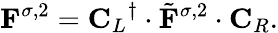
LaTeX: \mathbf{F}^{\sigma,2}={\mathbf{C}_{L}}^{\dagger}\cdot\tilde{\mathbf{F}}^{\sigma,2}\cdot\mathbf{C}_{R}.